Report of the Indian Hemp Drugs Commission, 1894-1895 - Volume I
Year: 1894
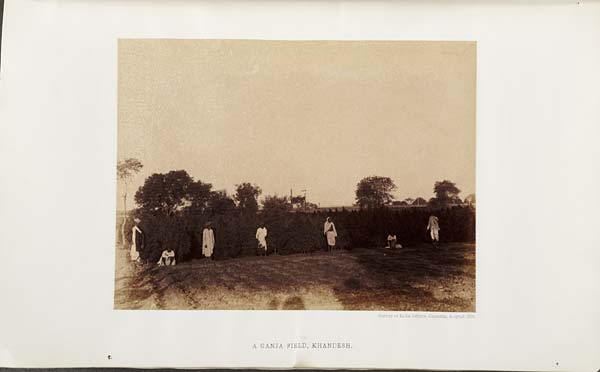
Survey of India Offices, Calcutta, August 1894.
A GANJA FIELD, KHANDESH.